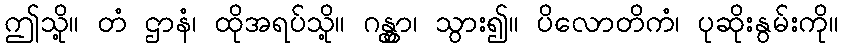
ဤသို့။ တံ ဌာနံ၊ ထိုအရပ်သို့။ ဂန္တွာ၊ သွား၍။ ပိလောတိကံ၊ ပုဆိုးနွမ်းကို။